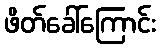
ဖိတ်ခေါ်ကြောင်း